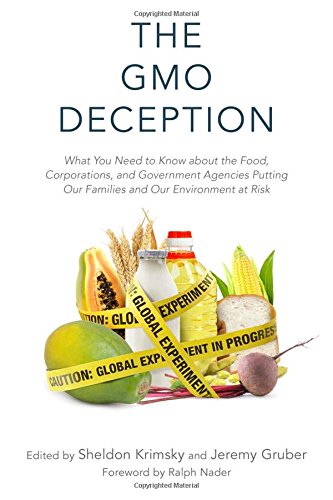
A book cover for The GMO Deception: What You Need to Know about the Food, Corporations, and Government Agencies Putting Our Families and Our Environment at Risk; Science & Math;